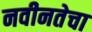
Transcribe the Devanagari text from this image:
नवीनतेचा